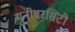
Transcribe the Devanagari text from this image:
युनीवरसिटी